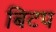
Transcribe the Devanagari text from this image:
बिटप